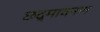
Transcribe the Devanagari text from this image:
छद्मावनण